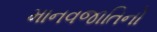
માનવજાતિનો